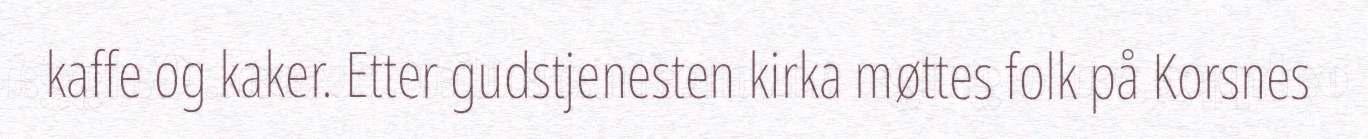
kaffe og kaker. Etter gudstjenesten kirka møttes folk på Korsnes